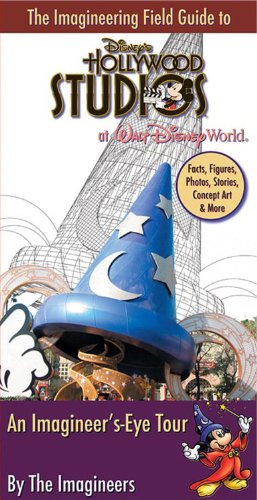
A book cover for The Imagineering Field Guide to Disney's Hollywood Studios; Alex Wright; Travel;